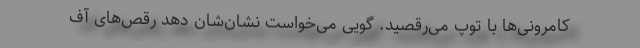
کامرونی‌ها با توپ می‌رقصید. گویی می‌خواست نشان‌شان دهد رقص‌های آف